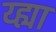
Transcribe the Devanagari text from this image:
य्ह्या